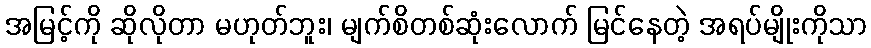
အမြင့်ကို ဆိုလိုတာ မဟုတ်ဘူး၊ မျက်စိတစ်ဆုံးလောက် မြင်နေတဲ့ အရပ်မျိုးကိုသာ